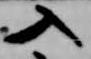
入